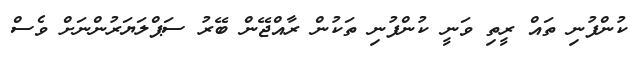
ކުންފުނި ތައް ރީތި ވަނީ ކުންފުނި ތަކުން ރާއްޖޭން ބޭރު ސަޕްލަޔަރުންނަށް ވެސް